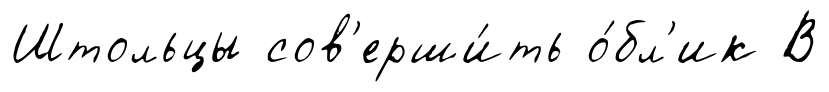
Штольцы сов'ерши́ть о́бл'ик В